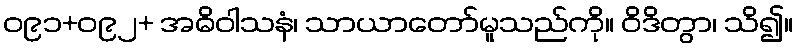
ဝ၉၁+ဝ၉၂+ အဓိဝါသနံ၊ သာယာတော်မူသည်ကို။ ဝိဒိတွာ၊ သိ၍။